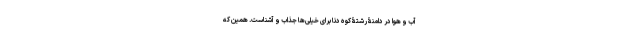
آب و هوا در دامنۀ رشتۀ کوه دنا برای خیلی‌ها جذاب و آشناست. همین که